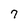
Character: 7